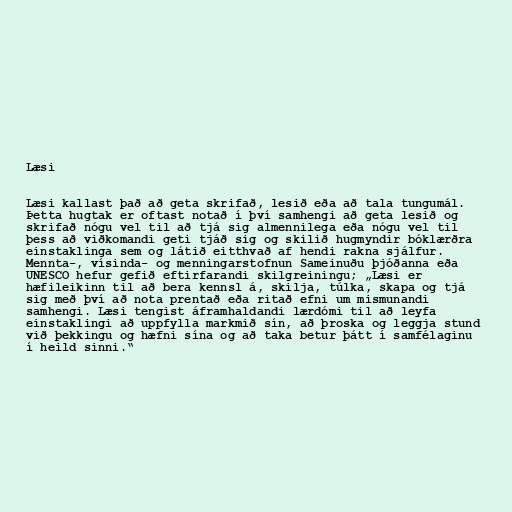
Læsi

Læsi kallast það að geta skrifað, lesið eða að tala tungumál.
Þetta hugtak er oftast notað í því samhengi að geta lesið og
skrifað nógu vel til að tjá sig almennilega eða nógu vel til
þess að viðkomandi geti tjáð sig og skilið hugmyndir bóklærðra
einstaklinga sem og látið eitthvað af hendi rakna sjálfur.
Mennta-, vísinda- og menningarstofnun Sameinuðu þjóðanna eða
UNESCO hefur gefið eftirfarandi skilgreiningu; „Læsi er
hæfileikinn til að bera kennsl á, skilja, túlka, skapa og tjá
sig með því að nota prentað eða ritað efni um mismunandi
samhengi. Læsi tengist áframhaldandi lærdómi til að leyfa
einstaklingi að uppfylla markmið sín, að þroska og leggja stund
við þekkingu og hæfni sína og að taka betur þátt í samfélaginu
í heild sinni.“